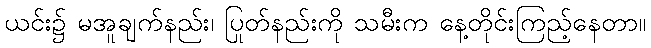
ယင်း၌ မအူချက်နည်း၊ ပြုတ်နည်းကို သမီးက နေ့တိုင်းကြည့်နေတာ။